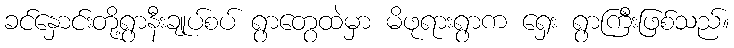
ခင်နှောင်းတို့ရွာနီးချုပ်စပ် ရွာတွေထဲမှာ မိဖုရားရွာက ရှေး ရွာကြီးဖြစ်သည်။